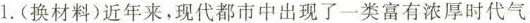
1.(换材料)近年来，现代都市中出现了一类富有浓厚时代气